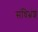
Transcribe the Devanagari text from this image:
संधिभ्रंश